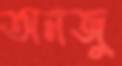
অনজু